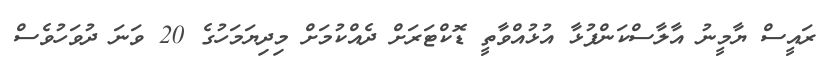
ރައީސް ޔާމީނު އާލާސްކަންފުޅާ އުޅުއްވާތީ ޑޮކްޓަރަށް ދެއްކުމަށް މިދިޔަމަހުގެ 20 ވަނަ ދުވަހުވެސް